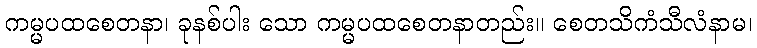
ကမ္မပထစေတနာ၊ ခုနစ်ပါး သော ကမ္မပထစေတနာတည်း။ စေတသိကံသီလံနာမ၊